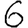
Digit: 6